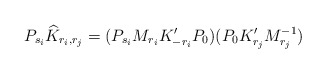
\begin{align*} P_{s_i}\widehat{K}_{r_i,r_j}=(P_{s_i}M_{r_i}K'_{-r_i}P_0)(P_0K'_{r_j}M_{r_j}^{-1})\end{align*}